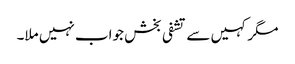
مگر کہیں سے تشفی بخش جواب نہیں ملا۔